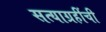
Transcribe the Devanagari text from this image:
सत्याग्रहींची